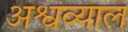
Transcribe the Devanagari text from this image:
अश्वव्याल